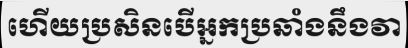
ហើយប្រសិនបើអ្នកប្រឆាំងនឹងវា